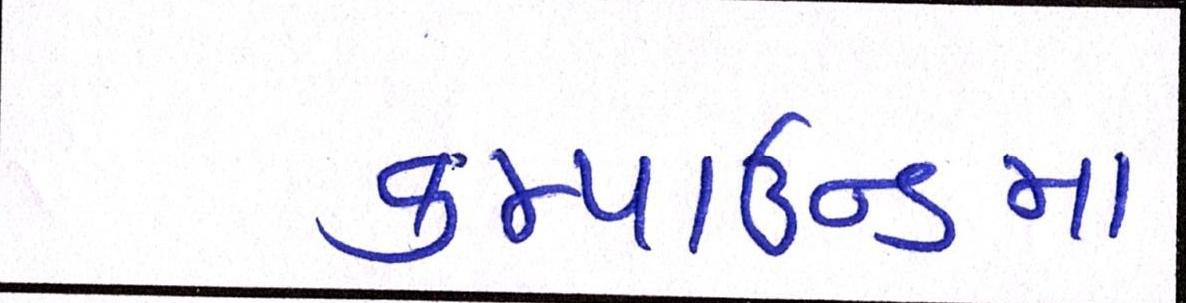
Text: કમ્પાઉન્ડમાં